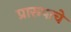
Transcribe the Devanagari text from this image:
प्रारूपाचे